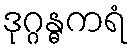
ဒုဂ္ဂန္ဓကရံ